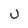
Character: u